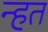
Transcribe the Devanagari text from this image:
न्हत